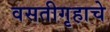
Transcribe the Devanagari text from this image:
वसतीगृहाचे